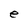
Character: e